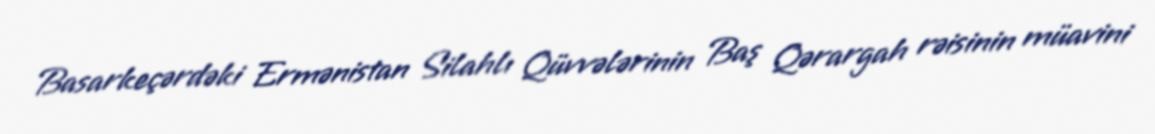
Basarkeçərdəki Ermənistan Silahlı Qüvvələrinin Baş Qərargah rəisinin müavini